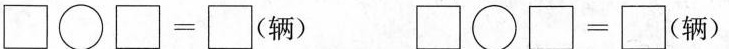
$$\Box \circ \Box = \Box (辆)$$ $$\Box \circ \Box= \circ (辆)$$